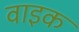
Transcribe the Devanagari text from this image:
वाइक